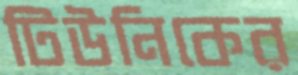
টিউনিকের